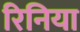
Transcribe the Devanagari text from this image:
रिनिया